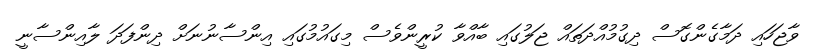
ވާޖަހައި ދަމާގެންގޮސް ދިގުމުއްދަތައް ޖަލުގައި ބާއްވާ ކުރީންވެސް މިގައުމުގައި އިންސާނުނަށް ދިންފަދަ ލާއިންސާނީ